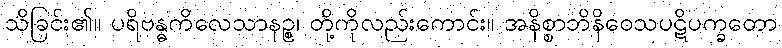
သိခြင်း၏။ ပရိဗန္ဓကိလေသာနဉ္စ၊ တို့ကိုလည်းကောင်း။ အနိစ္စာဘိနိဝေသပဋိပက္ခတော